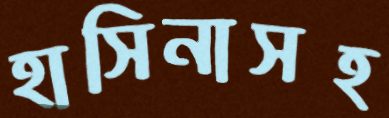
হাসিনাসহ